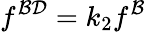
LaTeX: f^{{\cal B}{\cal D}}=k_{2}f^{{\cal B}}